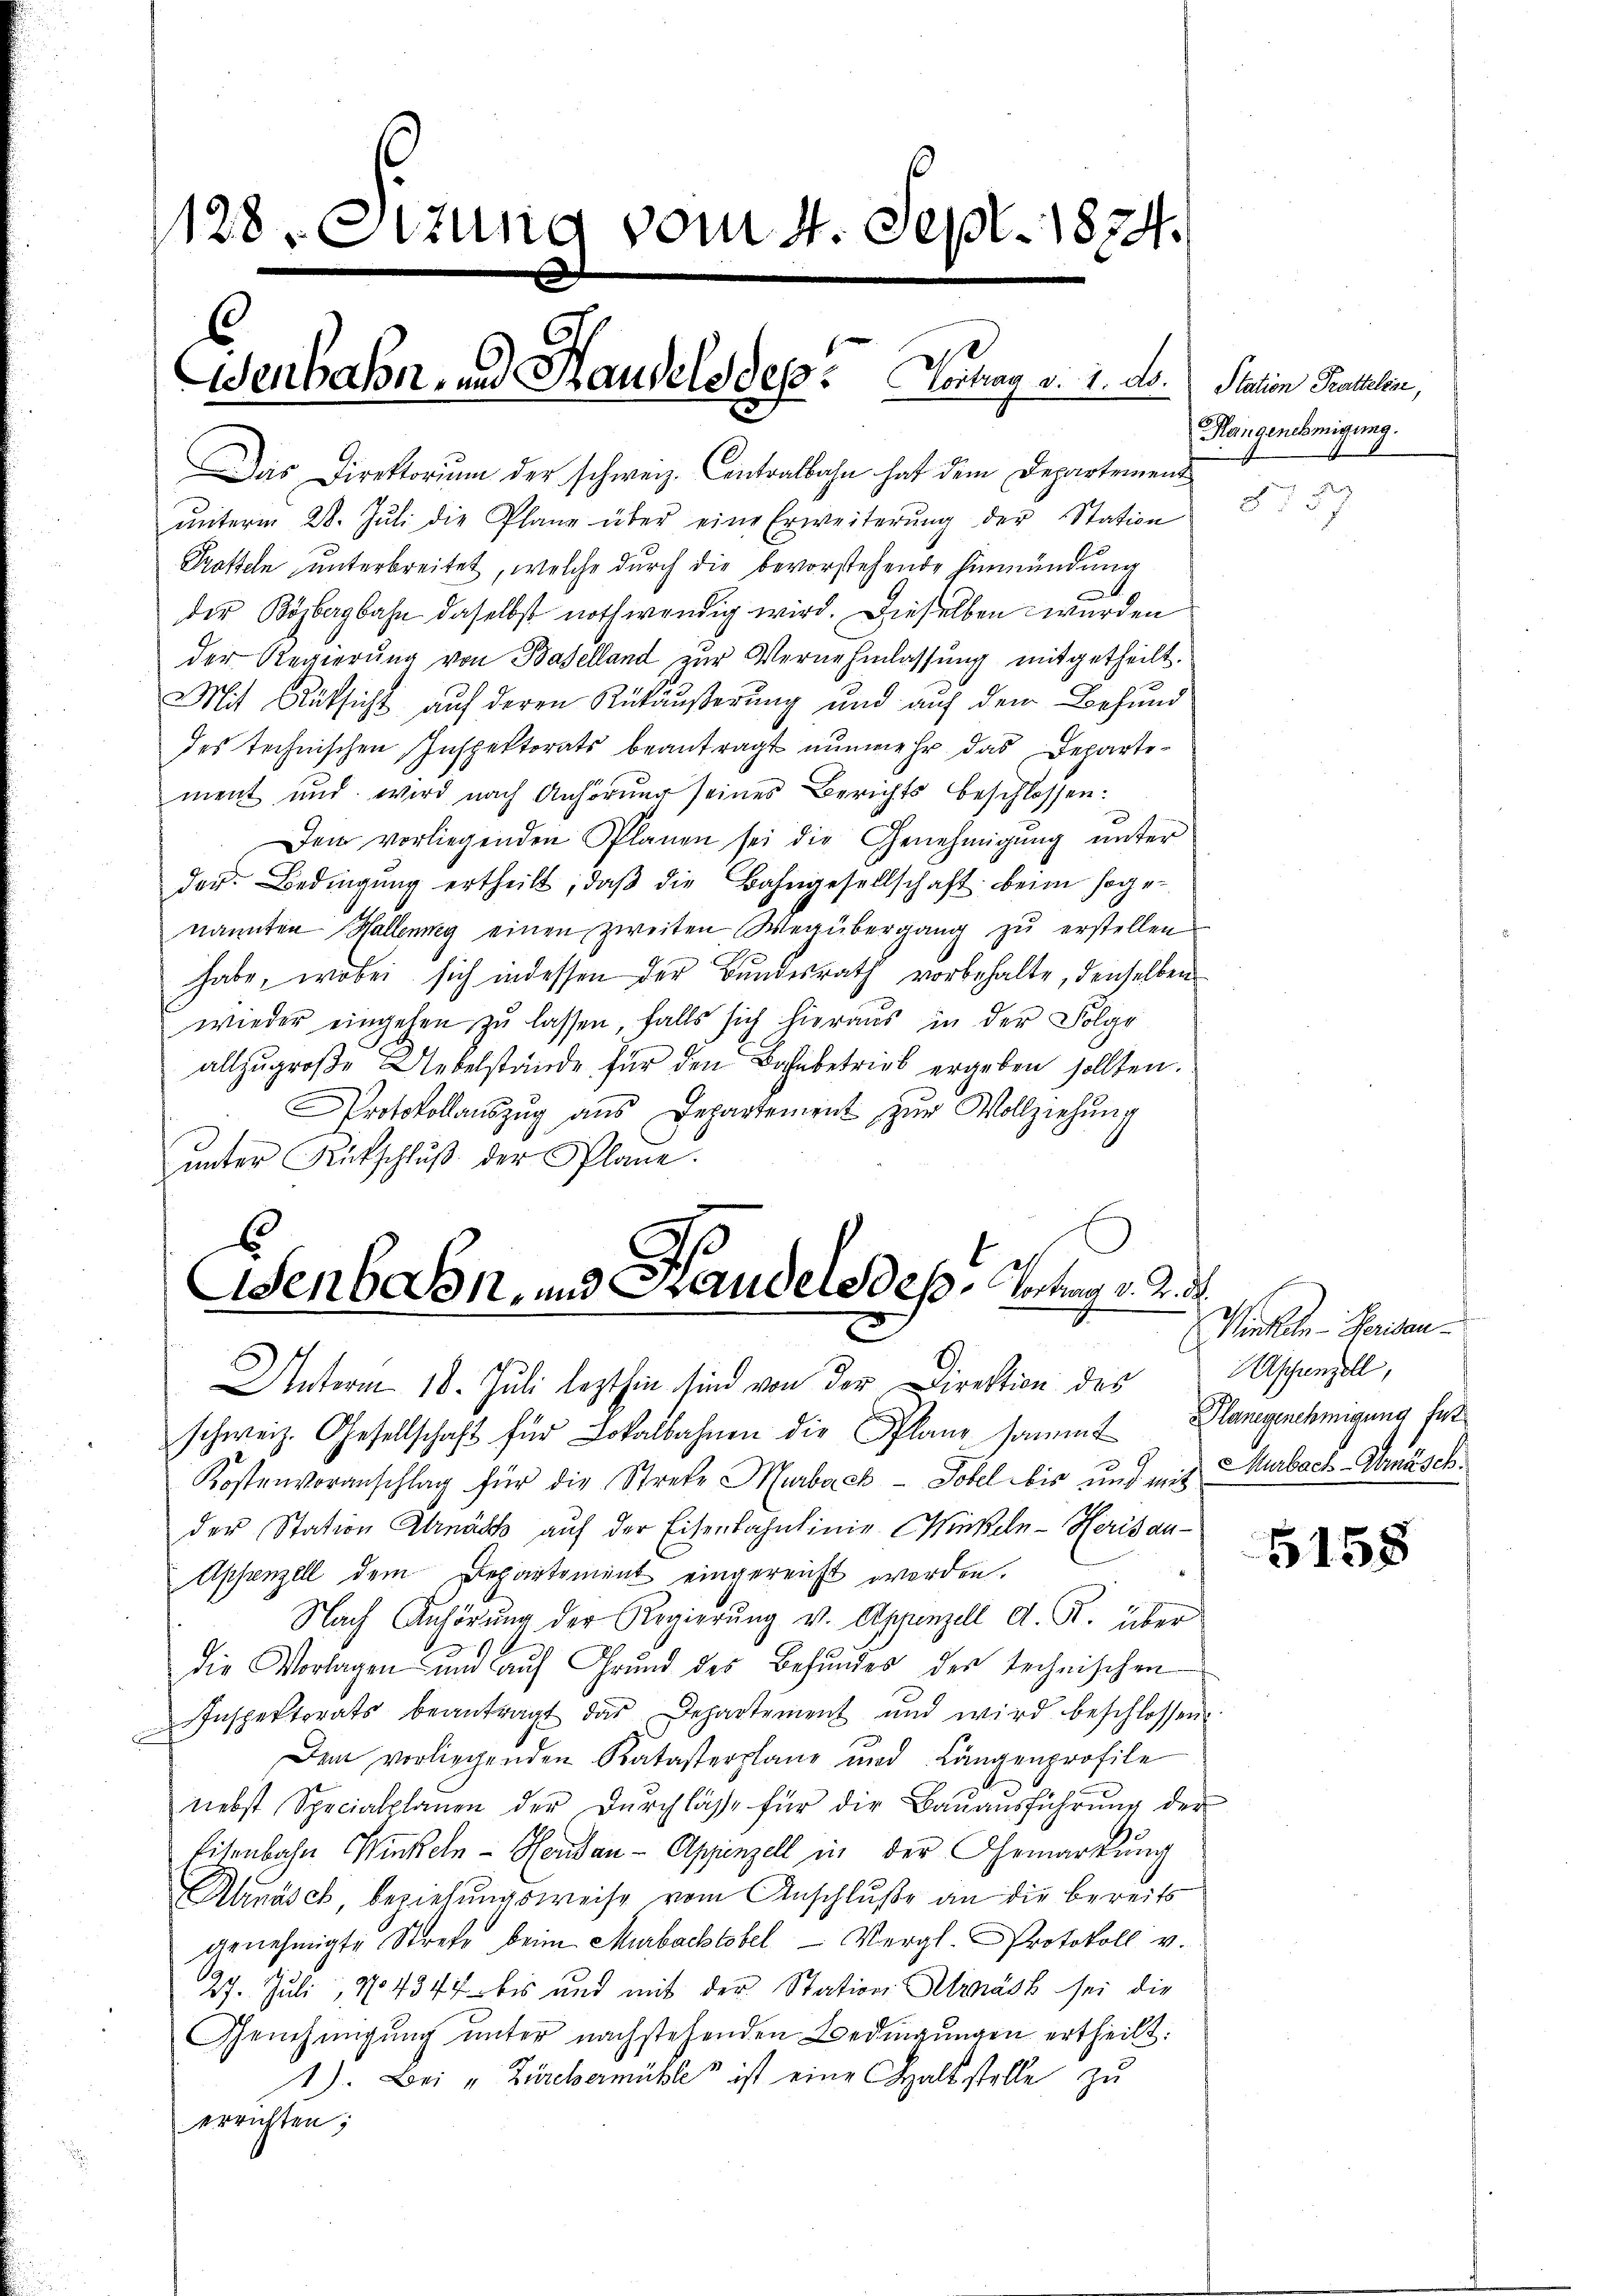
128, Otzung vom 4. Sept. 1874.

Das Direktorum der schweiz. Contralbahn hat dem Departement
ŭnterm 28. Jŭli die Plane über eine Erweiterŭng der Station
Tratteln unterbreitet, welche durch die bevorstehende Einmündung
der Bösbergbahn daselbst nothwendig wird. Dieselben wurden
der Regierung von Baselland zur Vernehmlassung mitgetheilt.
Mit Aufsicht auf deren Rükäußerung und auf den Befund
des technischen Inspektorats beantragt nunmehr das Departement und wird nach Anhörung seines Berichts beschlossen:
Den vorliegenden Planen sei die Genehmigŭng ŭnter
der. Bedingŭng ertheilt, daβ die Bahngesellschaft beim soge-
nannten Hallenney einen zweiten Wegübergang zŭ erstellen
habe, wobei sich indessen der Bundesrath vorbehalte, denselben
wieder eingehen zŭ lassen, falls sich hieraus in der Folge
allzugroße Uebelstände für den Bahnbetrieb ergeben sollten.
Protokollauszug aus Departement zur Vollziehung
ŭnter Rückschlŭβ der Plane.

enbahn, und Handels des Vortrag v. 2. A
.

Asenbahn, und Handele des Antrag v. R
e
Unterm 18. Juli lezthin sind von der Direktion des

schweiz. Gesellschaft für Lokalbahnen die Pflanz sammt Plangenehmigung fet
Kostenvoranschlag für die Streke Murback- Tobel bis und mit Murbach-Umäschder Station Arnäsk auf der Eisenbahnlinie Mindeln-Herisau-
Appenzell dem Departement eingereicht worden.
Nach Anhörung der Regierŭng v. Appenzell A. R. über
Die Vorlagen und aŭf Grŭnd des Befundes der technischen
Inspektorats beantragt das Departement und wird beschlossen:
Dem vorliegenden Katasterplane und Langenprofile
nebst Specialplanen der Dŭrchlasse für die Baŭaŭsführŭng der
Eisenbahn Winkeln - Hendan-Appenzell in der Gemarkung
Ahnäsch, beziehungsweise vom Anschluße an die bereits
genehmigte Strafe beim Murbachtobel - Vergl. Protokoll v.
27. Juli 194347 bis und mit der Station Strast sei die
Genehmigung unter nachstehenden Bedingungen ertheilt:
1). Bei „Zürebermühles ist eine Chaltstelle zu
errichten;

Station Prattelbar,
Hangenehmigung.

Winkeln - Herisau
Aschenzoll,

5158